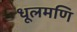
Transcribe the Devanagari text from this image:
धूलमणि